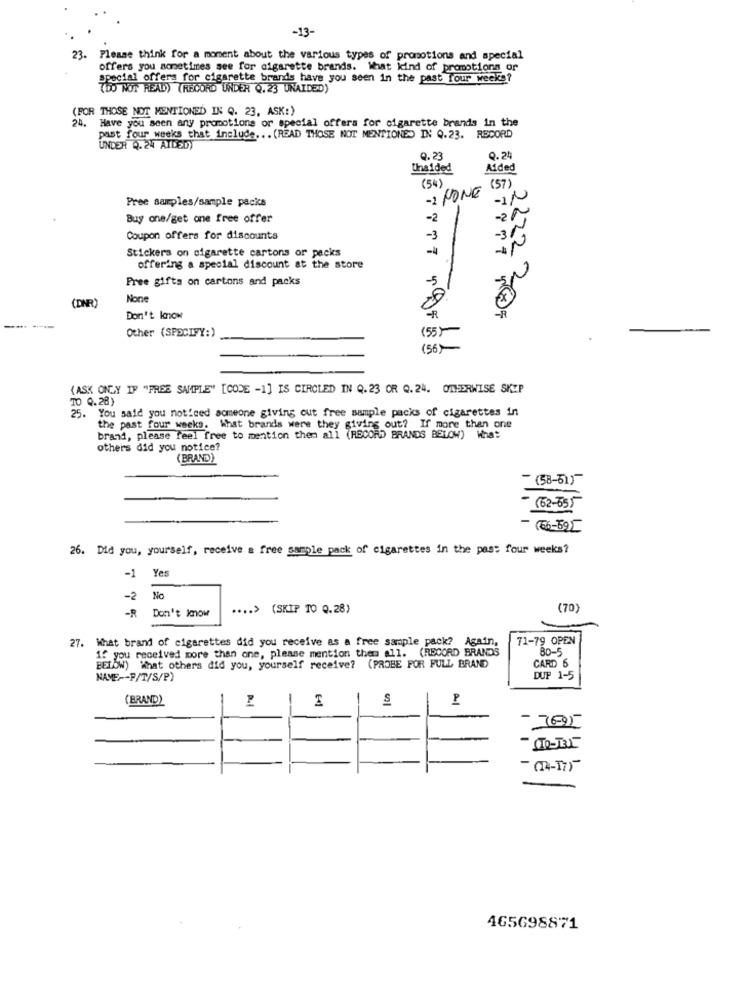
-13-
23.
Please think for a moment about the various types of promotions and special
offers you sometimes see for cigarette brands. What kind of promotions or
special offers for cigarette brands have you seen in the past four weeks?
(DO NOT READ) (RECORD UNDER Q.23 UNAIDED)
(FOR THOSE NOT MENTIONED IN Q. 23, ASK:)
24. Have you seen any promotions or special offers for cigarette brands in the
past four weeks that include .. . (READ THOSE NOT MENTIONED IN Q.23. RECORD
UNDER Q. 24 AIDED)
Q.23
Q. 24
Unaided
Aided
(54)
(57)
Pree samples/sample packs
-1 NONE
-IN
Buy one/get one free offer
-2
Coupon offers for discounts
-3
-31
Stickers on cigarette cartons or packs
-
2622
offering a special discount at the store
Free gifts on cartons and packs
(DINR)
Don't know
Other (SPECIFY:)
(55)
156>
THERA
(ASK ONLY IF "FREE SAMPLE" [CODE -1] IS CIRCLED IN Q.23 OR Q.24. OTHERWISE SKEP
TO 0.28)
25. You said you noticed someone giving cut free sample packs of cigarettes in
the past four weeks. What brands were they giving out? If more than one
brand, please feel free to mention them all (RECORD BRANDS BELOW) What
others did you notice?
(BRAND)
- (58-51)
- (62-65)
- (66-59))
26. Did you, yourself, receive a free sample pack of cigarettes in the past four weeks?
Yes
-1
-2
No
-R
Don't know
.... >
(SKIP 10 0.28)
(70)
27. What brand of cigarettes did you receive as a free sample pack? Again,
71-79 OPEN
If you received more than one, please mention the all. (RECORD BRANDS
Bo-5
BELOW) What others did you, yourself receive? (PROBE FOR FULL BRAND
CARD 6
NAME -- P/T/S/P)
DUP 1-5
(BRAND)
S
A1
-76-95
- (14-17)-
465698871